Manual of vaccination for the United Provinces of Agra and Oudh -
Year: 1903
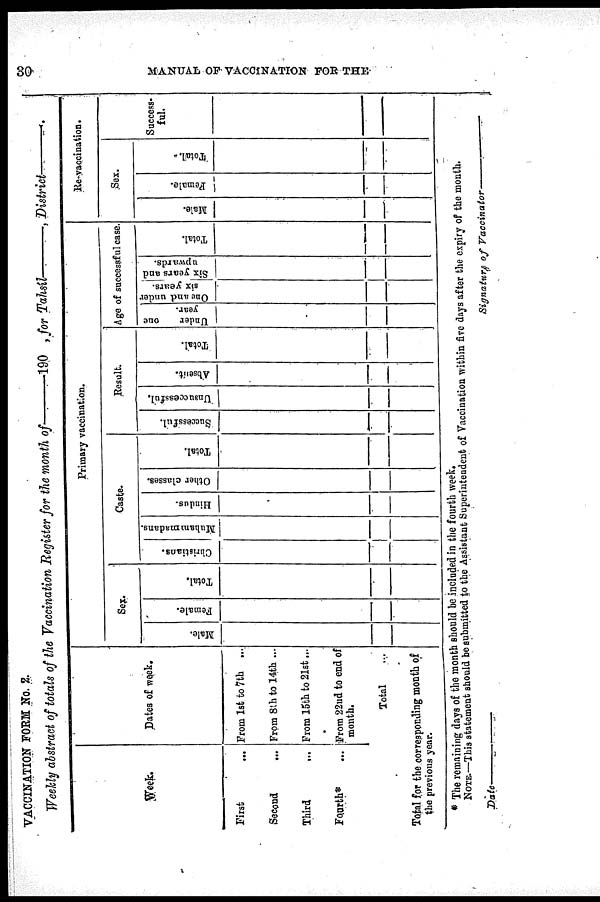
30
MANUAL OF VACCINATION FOR THE.
VACCINATION FORM No. 2.
Weekly abstract of totals of the Vaccination Register for the month of—190
, for Tahsíl—,
District—
Week.
First ...
Second
...
Third
...
Fourth* ...
Dates of week.
From 1st to 7th ...
From 8th to 14th ...
From 15th to 21st ...
From 22nd to end of
month.
Total ...
Total for the corresponding month of
the previous year.
Primary vaccination.
Sex.
Male.
Female.
Total.
Caste.
Christians.
Muhammadans.
Hindus.
Other classes.
Total.
Result.
Successful.
Unsuccessful.
Absent.
Total.
Age of successful case.
Under
one
year.
One and under
six years.
Six years and
upwards.
Total.
Re-vaccination.
Sex.
Male.
Female.
Total.
Success¬
ful.
* The remaining days of the month should be included in the fourth week.
NOTE.—This statement should be submitted to the Assistant Superintendent of Vaccination within five days after the expiry of the month.
Date—
Signature of
Vaccinator—